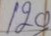
120